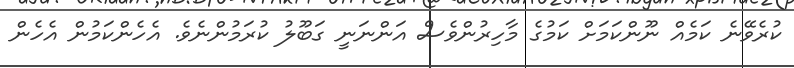
ކުރެވޭނެ ކަމެއް ނޫންކަމަށް ކަމުގެ މާހިރުންވެސް އަންނަނީ ގަބޫލު ކުރަމުންނެވެ. އެހެންކަމުން އެހެން